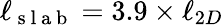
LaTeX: \ell_{\mathrm{~s~l~a~b~}}=3.9\times\ell_{2D}